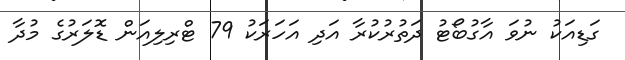
ގަޑިއަކު ނުވަ އާގުބޯޓު ދަތުރުކުރާ އަދި އަހަރަކު 79 ޓްރިލިއަން ޑޮލަރުގެ މުދާ